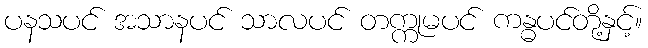
ပနသပင် အသာနပင် သာလပင် တက္ကုမပင် ကန္ဓပင်တို့နှင့်။